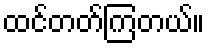
ထင်တတ်ကြတယ်။